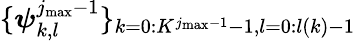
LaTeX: \{ \boldsymbol{\psi}_{k,l}^{j_{\mathrm{max}}-1}\} _{k=0:K^{j_{\mathrm{max}}-1}-1,l=0:l(k)-1}